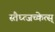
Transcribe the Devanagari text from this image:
स्तैघ्त्जच्केत्स्